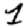
Digit: 1